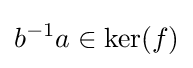
b^{-1}a\in \ker(f)